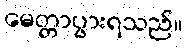
မေတ္တာပွားရသည်။